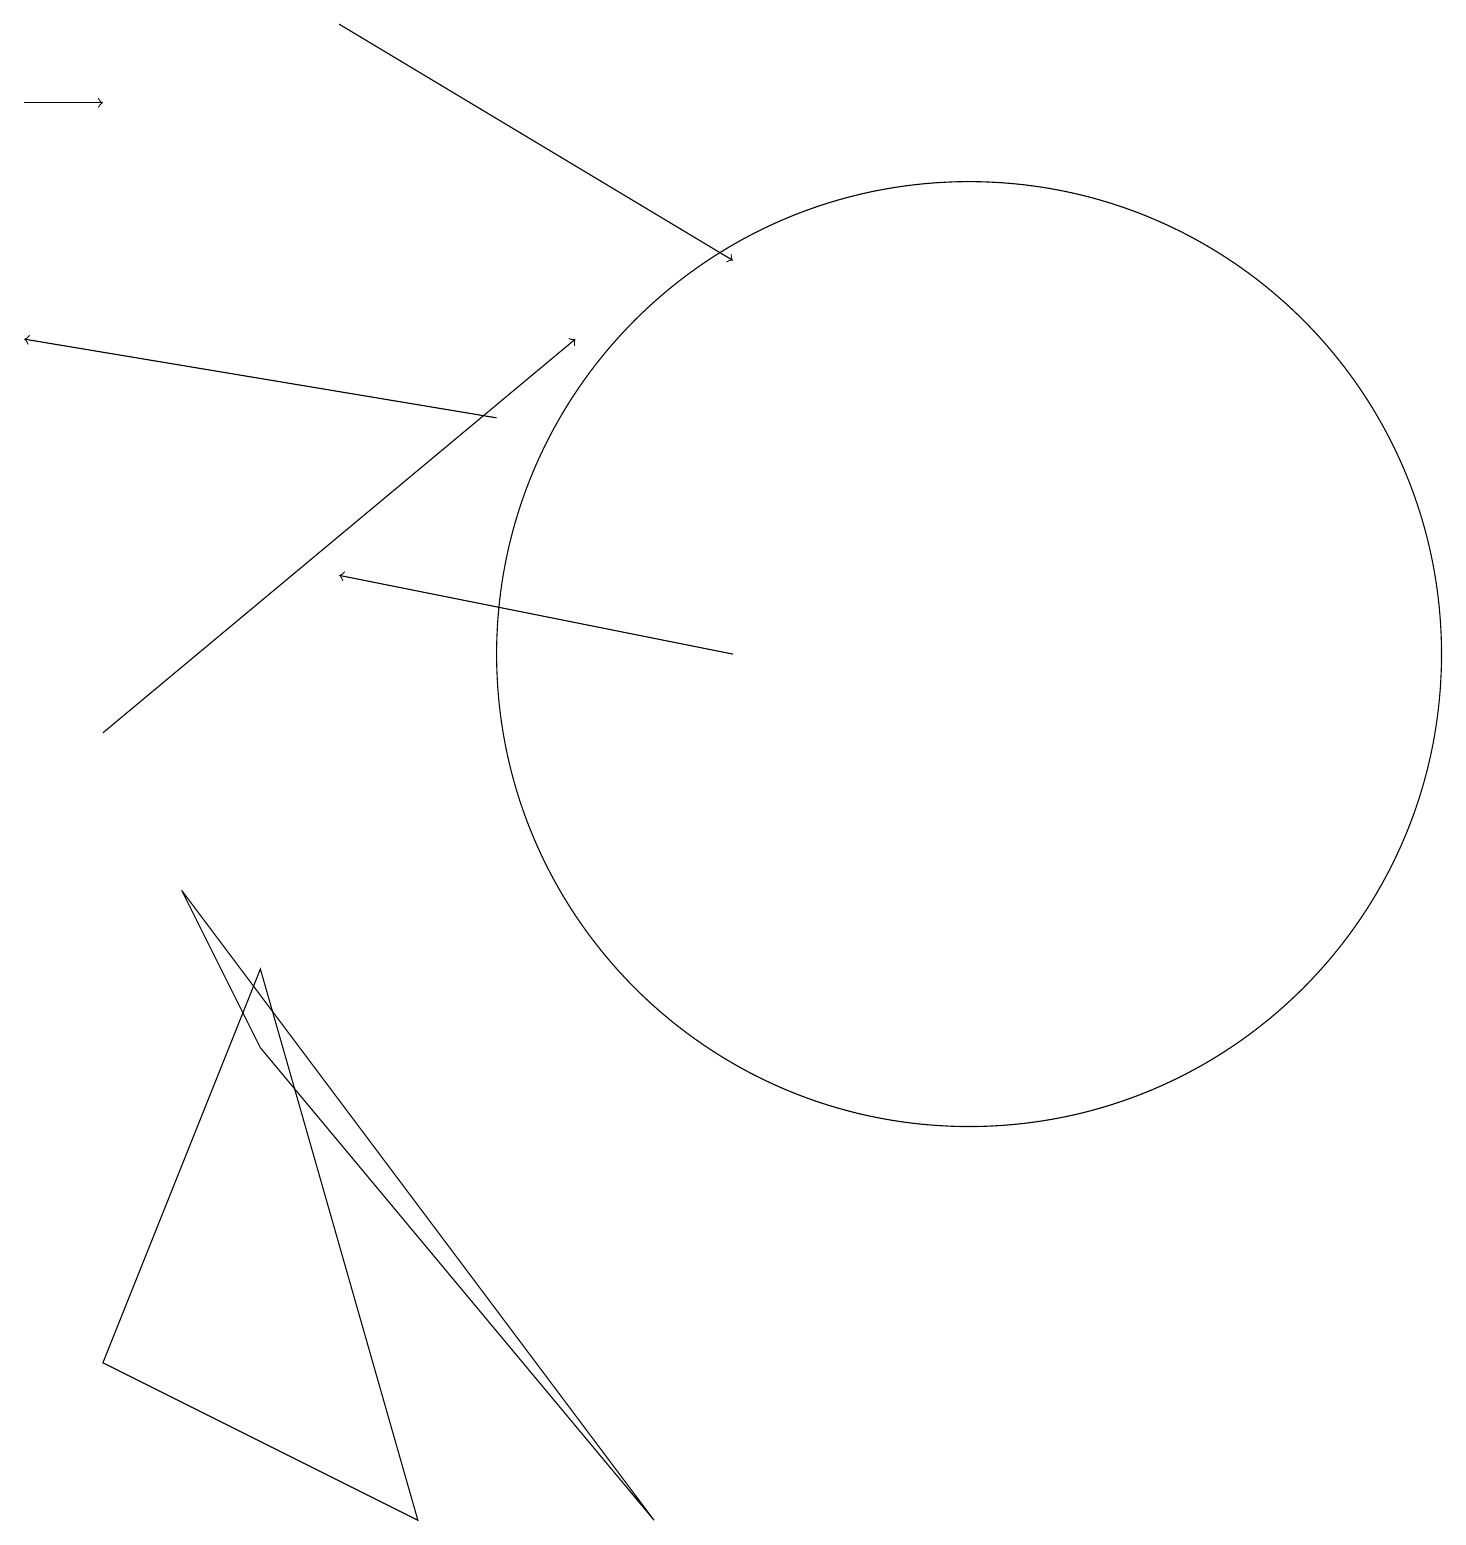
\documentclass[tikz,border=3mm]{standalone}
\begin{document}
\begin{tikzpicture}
\draw[->] (4,19) -- (9,16);
\draw[->] (6,14) -- (0,15);
\draw (3,7) -- (1,2) -- (5,0) -- cycle;
\draw (2,8) -- (8,0) -- (3,6) -- cycle;
\draw[->] (0,18) -- (1,18);
\draw (12,11) circle (6);
\draw[->] (9,11) -- (4,12);
\draw[->] (1,10) -- (7,15);
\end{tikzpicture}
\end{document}